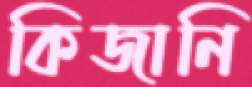
কিজানি